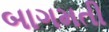
બાગમતી